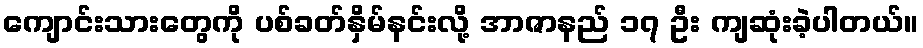
ကျောင်းသားတွေကို ပစ်ခတ်နှိမ်နင်းလို့ အာဇာနည် ၁၇ ဦး ကျဆုံးခဲ့ပါတယ်။